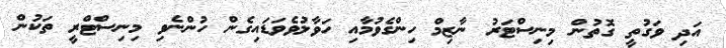
އަދި ވަގުތީ ގޮތުން މިނިސްޓަރު ނާޒިމް ހިންގެވުމާއި ހަވާލުވެވަޑައިގެން ހުންނެވި މިނިސްޓްރީ ތަކުން